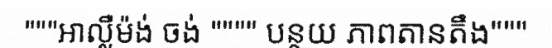
"""អាល្លឺម៉ង់ ចង់ """" បន្ថយ ភាពតានតឹង"""